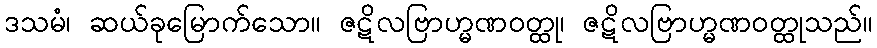
ဒသမံ၊ ဆယ်ခုမြောက်သော။ ဇဋိလဗြာဟ္မဏဝတ္ထု၊ ဇဋိလဗြာဟ္မဏဝတ္ထုသည်။